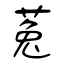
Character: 菟